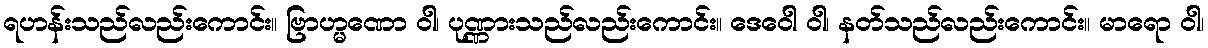
ရဟန်းသည်လည်းကောင်း။ ဗြာဟ္မဏော ဝါ၊ ပုဏ္ဏားသည်လည်းကောင်း။ ဒေဝေါ ဝါ၊ နတ်သည်လည်းကောင်း။ မာရော ဝါ၊